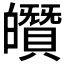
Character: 𤾶